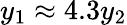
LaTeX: y_{1}\approx 4.3y_{2}